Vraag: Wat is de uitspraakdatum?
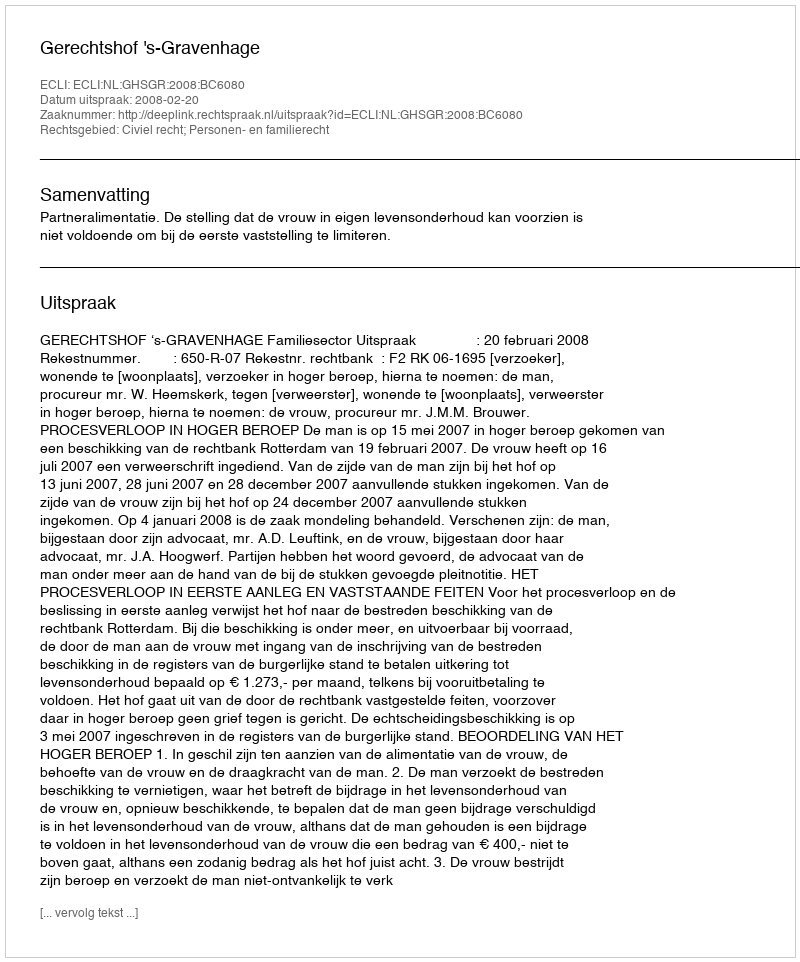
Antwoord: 2008-02-20